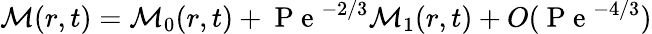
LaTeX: \mathcal{M}(r,t)=\mathcal{M}_{0}(r,t)+\mathrm{~P~e~}^{-2/3}\mathcal{M}_{1}(r,t)+O(\mathrm{~P~e~}^{-4/3})